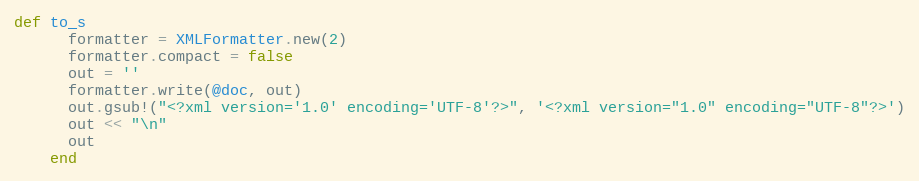
Language: Ruby
def to_s
      formatter = XMLFormatter.new(2)
      formatter.compact = false
      out = ''
      formatter.write(@doc, out)
      out.gsub!("<?xml version='1.0' encoding='UTF-8'?>", '<?xml version="1.0" encoding="UTF-8"?>')
      out << "\n"
      out
    end